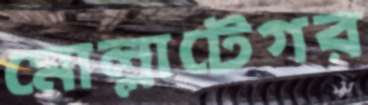
মোল্লাটেগর